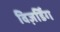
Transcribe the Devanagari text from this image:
विज़र्डिंग